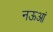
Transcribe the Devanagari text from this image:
नऊआं